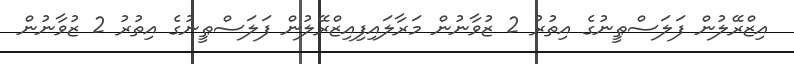
އިޒްރޭލުން ފަލަސްޠީނުގެ އިތުރު 2 ޒުވާނުން މަރާލައިފިއިޒްރޭލުން ފަލަސްޠީނުގެ އިތުރު 2 ޒުވާނުން